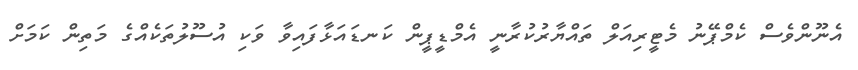
އެނޫންވެސް ކެމްޕޭނު މެޓީރިއަލް ތައްޔާރުކުރާނީ އެމްޑީޕީން ކަނޑައަޅާފައިވާ ވަކި އުސޫލުތަކެއްގެ މަތިން ކަމަށް